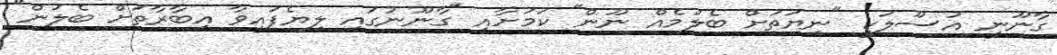
ގާނޫނީ އުސޫލަކީ "ނިޔަތަށް ބެލުމެއް ނޫން" ކަމަށާއި "ގާނޫނުގައި ލިޔެފައިވާ އިބާރާތަށް ބެލުން"